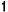
1